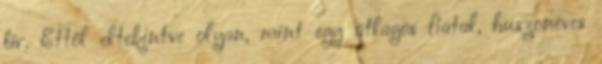
bír. Ettől eltekintve olyan, mint egy átlagos fiatal, huszonéves